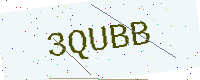
Text: 3QUBB